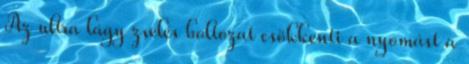
Az ultra lágy zselés boltozat csökkenti a nyomást a